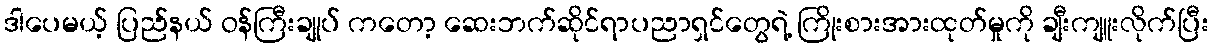
ဒါပေမယ့် ပြည်နယ် ဝန်ကြီးချုပ် ကတော့ ဆေးဘက်ဆိုင်ရာပညာရှင်တွေရဲ့ ကြိုးစားအားထုတ်မှုကို ချီးကျူးလိုက်ပြီး